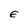
Character: E